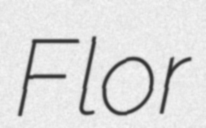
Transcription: Flor